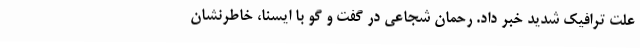
علت ترافیک شدید خبر داد. رحمان شجاعی در گفت و گو با ایسنا، خاطرنشان